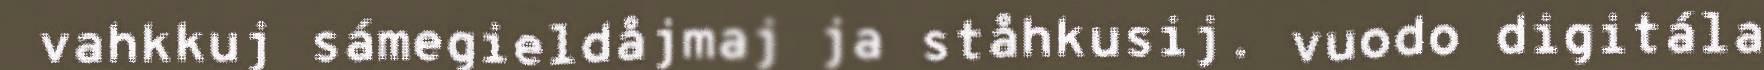
vahkkuj sámegieldåjmaj ja ståhkusij. vuodo digitála